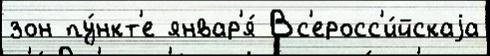
зон пу́нкт'е январ'я́ Вс'еросс'и́йскаjа